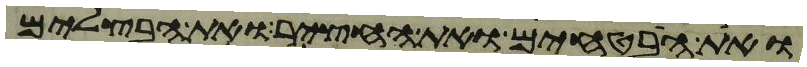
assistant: ואת הבטחים ואת החציר ואת הבצלים